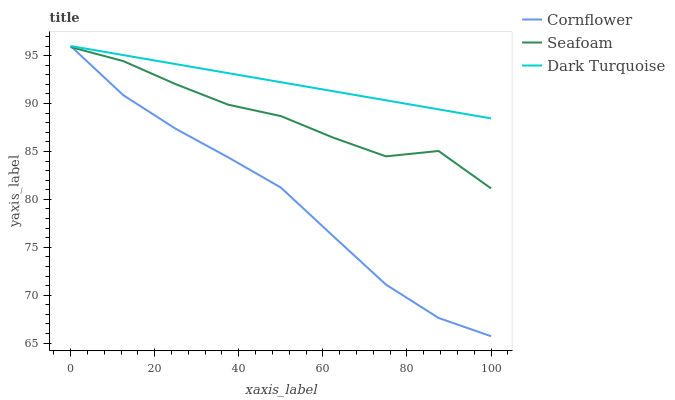
| xaxis_label | Cornflower | Seafoam | Dark Turquoise |
 | --- | --- | --- | --- |
 | 0 | 96 | 95.9 | 96 |
 | 12.5 | 90.9 | 94.4 | 95.1 |
 | 25 | 87.4 | 92 | 94.1 |
 | 37.5 | 84.4 | 89.9 | 93.2 |
 | 50 | 81.2 | 88.7 | 92.2 |
 | 62.5 | 76.1 | 86.4 | 91.3 |
 | 75 | 71.1 | 84.5 | 90.3 |
 | 87.5 | 67.6 | 85 | 89.4 |
 | 100 | 65.7 | 81.1 | 88.4 |